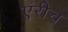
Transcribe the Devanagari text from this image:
एंरीच